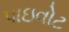
પાઇવોટ